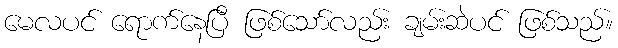
မေလပင် ရောက်နေပြီ ဖြစ်သော်လည်း ချမ်းဆဲပင် ဖြစ်သည်။